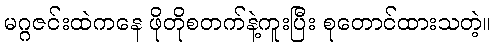
မဂ္ဂဇင်းထဲကနေ ဖိုတိုစတက်နဲ့ကူးပြီး စုတောင်ထားသတဲ့။